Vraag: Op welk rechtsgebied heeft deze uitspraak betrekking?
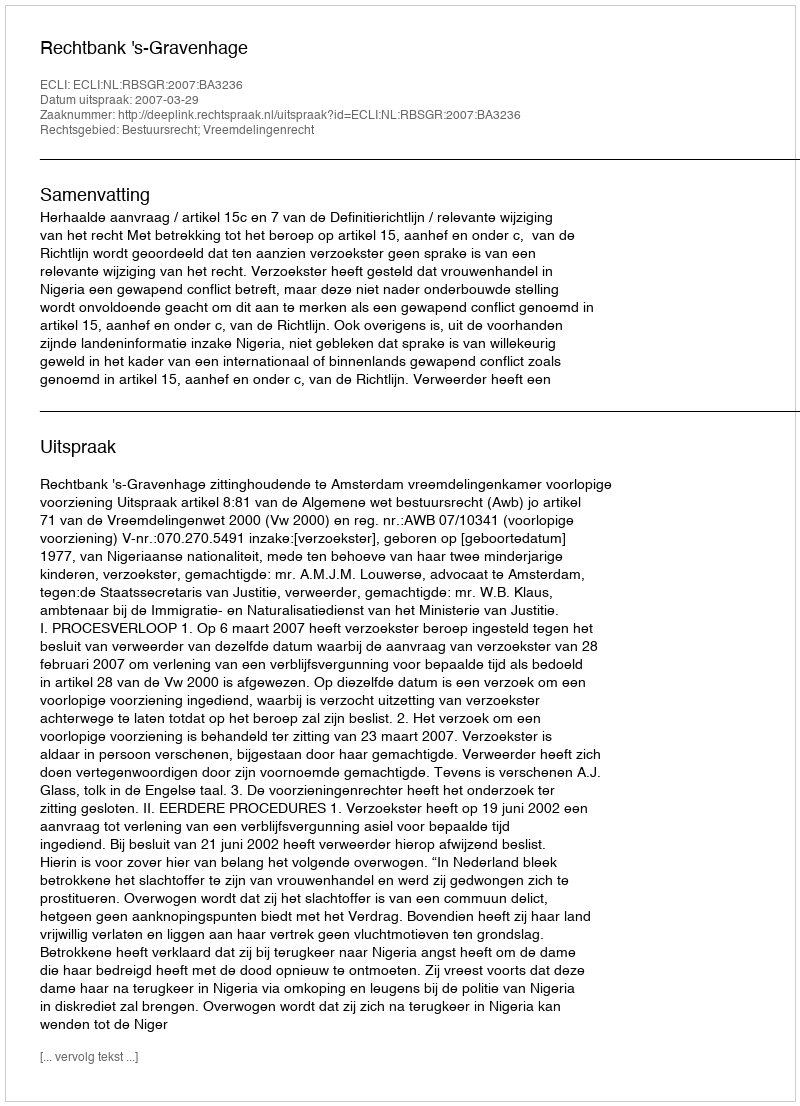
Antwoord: Bestuursrecht; Vreemdelingenrecht